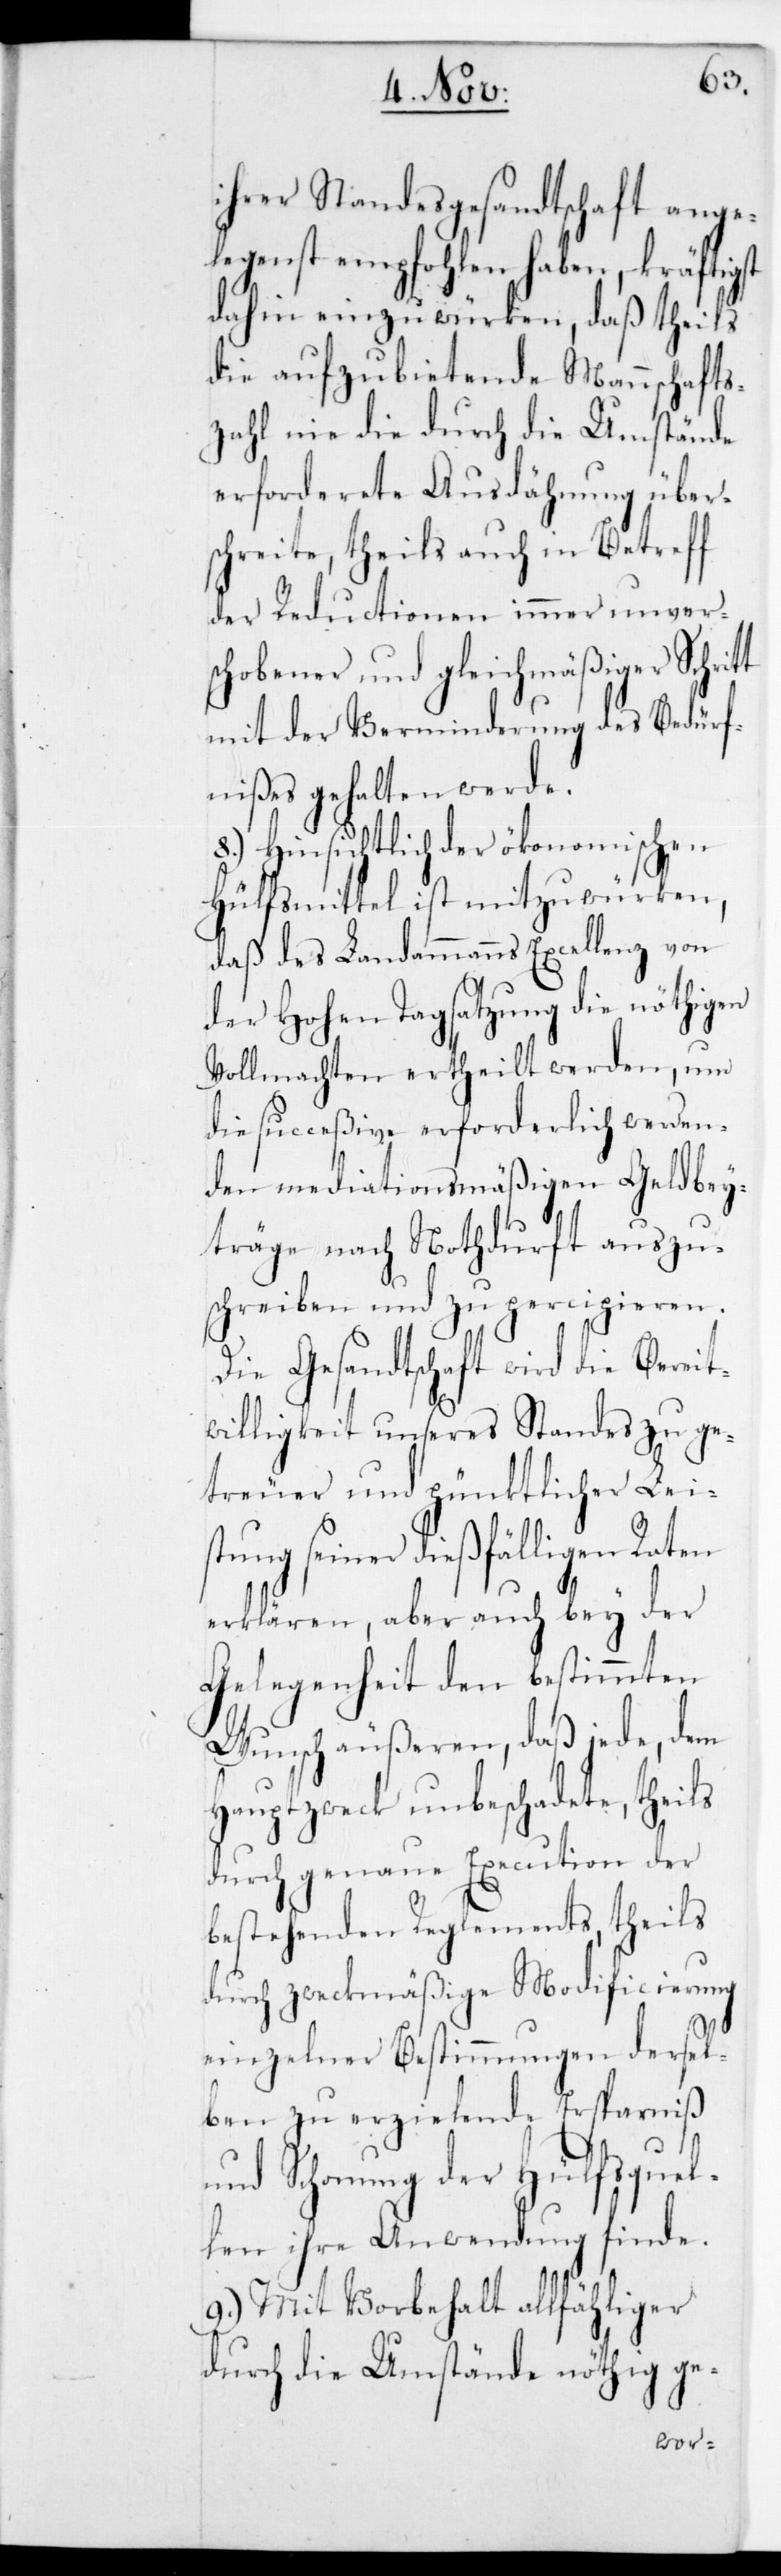
tt
ihrer Standesgesandtschaft ange¬
legenst empfohlen haben, kräftigst
dahin einzuwürken, daß theils
die aufzubietende Mannschafts¬
zahl nie die durch die Umstände
erforderete Ausdähnung über¬
schreite, theils auch in Betreff
der Reductionen immer unver¬
schobener und gleichmäßiger Schri¬
mit der Verminderung des Bedürf¬
nißes gehalten werde.
8.) Hinsichtlich der ökonomischen
Hülfsmittel ist mitzuwürken,
daß des Landammanns Excellenz von
der Hohen Tagsatzung die nöthigen
Vollmachten ertheilt werden, um
die succeßive erforderlich werden¬
den mediationsmäßigen Geldbey¬
träge nach Nothdurft auszu¬
schreiben und zu percipieren.
Die Gesandtschaft wird die Berei¬
twilligkeit unseres Standes zu ge¬
treuer und pünktlicher Lei¬
stung seiner dießfälligen Raten
erklären, aber auch bey der
Gelegenheit den bestimmten
Wunsch äußeren daß jede, dem
Hauptzweck unbeschadete, theils
durch genaue Execution der
bestehenden Reglements, theils
durch zweckmäßige Modificierung
einzelner Bestimmungen dersel¬
ben zu erzielende Ersparniß
und Schonung der Hülfsquel¬
len ihre Anwendung finde.
9.) Mit Vorbehalt allfähliger
durch die Umstände nöthig ge-